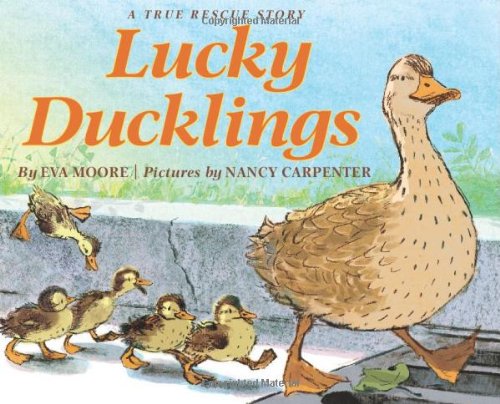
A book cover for Lucky Ducklings; Eva Moore; Children's Books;